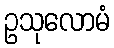
ဥသုလောမံ